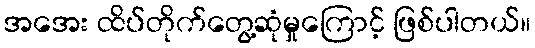
အအေး ထိပ်တိုက်တွေ့ဆုံမှုကြောင့် ဖြစ်ပါတယ်။